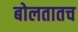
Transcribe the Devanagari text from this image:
बोलतातच